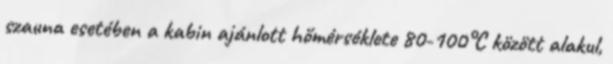
szauna esetében a kabin ajánlott hőmérséklete 80-100°C között alakul,